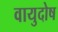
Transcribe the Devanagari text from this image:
वायुदोष